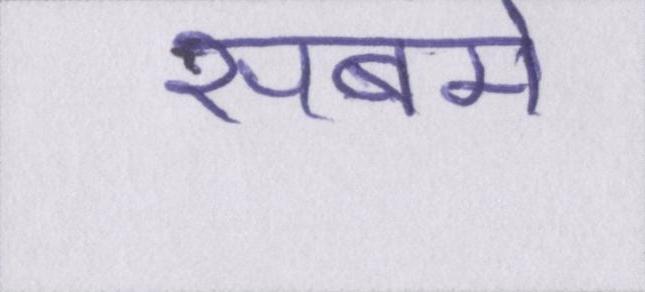
सबमे